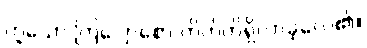
ဟူသော ကြျောစော ကိတ်တိရှိလာခဲ့လေ၏။